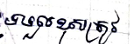
ទទួលខុសត្រូវ